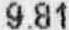
9.81